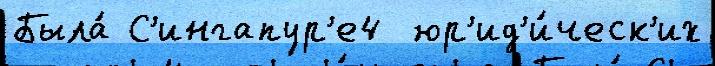
Была́ С'ингапур'е4  юр'ид'и́ческ'их